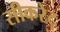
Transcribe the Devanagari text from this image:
सीकरेट्